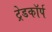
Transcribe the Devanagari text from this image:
ट्रेडकॉर्प